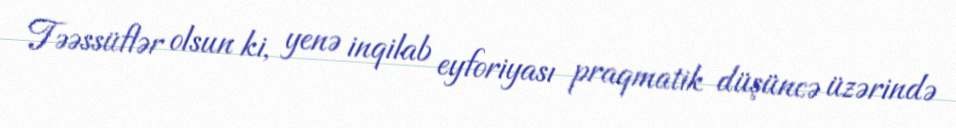
Təəssüflər olsun ki, yenə inqilab eyforiyası praqmatik düşüncə üzərində